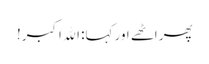
پھر اٹھے اور کہا: الله اکبر!